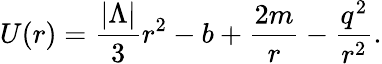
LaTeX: U(r)=\frac{|\Lambda|}{3}r^{2}-b+\frac{2m}{r}-\frac{q^{2}}{r^{2}}.